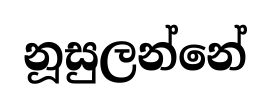
නූසුලන්නේ